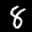
Label: 8